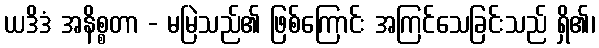
ယဒိဒံ အနိစ္စတာ - မမြဲသည်၏ ဖြစ်ကြောင်း အကြင်သေခြင်းသည် ရှိ၏၊